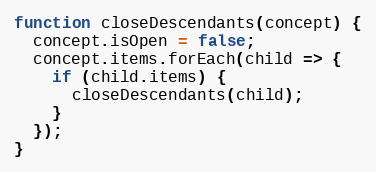
Language: JavaScript
function closeDescendants(concept) {
  concept.isOpen = false;
  concept.items.forEach(child => {
    if (child.items) {
      closeDescendants(child);
    }
  });
}